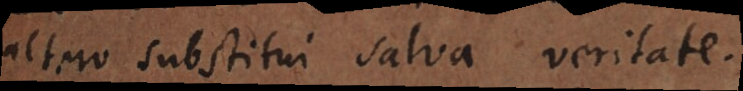
altero substitui salva veritate.